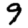
Digit: 9